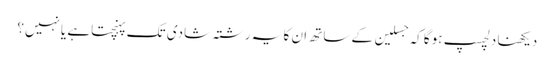
دیکھنا دلچسپ ہوگا کہ جسلین کے ساتھ ان کا یہ رشتہ شادی تک پہنچتاہے یانہیں؟